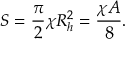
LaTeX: S = { \frac { \pi } { 2 } } \chi R _ { h } ^ { 2 } = { \frac { \chi A } { 8 } } .